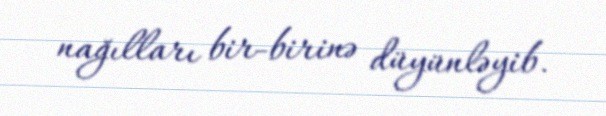
nağılları bir-birinə düyünləyib.